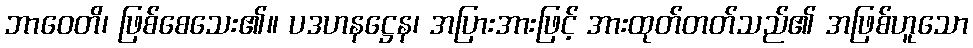
ဘာဝေတိ၊ ဖြစ်စေသေး၏။ ပဒဟနဋ္ဌေန၊ အပြားအားဖြင့် အားထုတ်တတ်သည်၏ အဖြစ်ဟူသော